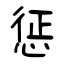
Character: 惩